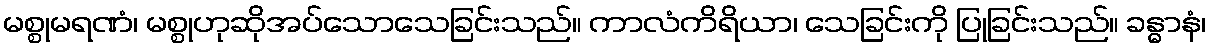
မစ္စုမရဏံ၊ မစ္စုဟုဆိုအပ်သောသေခြင်းသည်။ ကာလံကိရိယာ၊ သေခြင်းကို ပြုခြင်းသည်။ ခန္ဓာနံ၊